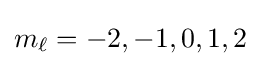
m_{\ell }=-2,-1,0,1,2